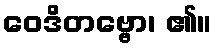
ဝေဒိတဗ္ဗော၊ ၏။